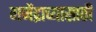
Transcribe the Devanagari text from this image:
गजेंद्राच्यासाठी